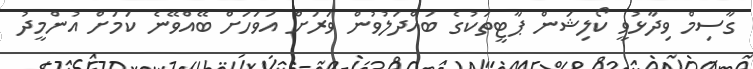
ގާސިމް ވިދާޅުވީ ކޯލިޝަން ޕާޓީތަކުގެ ބައްދަލުވުން ވަރަށް އަވަހަށް ބޭއްވޭނެ ކަމަށް އުންމީދު